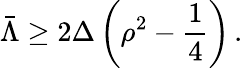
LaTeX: \bar{\Lambda}\ge 2\Delta\left(\rho^{2}-\frac{1}{4}\right)\, .